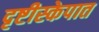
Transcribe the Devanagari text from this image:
दृष्टीस्केपात